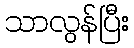
သာလွန်ပြီး